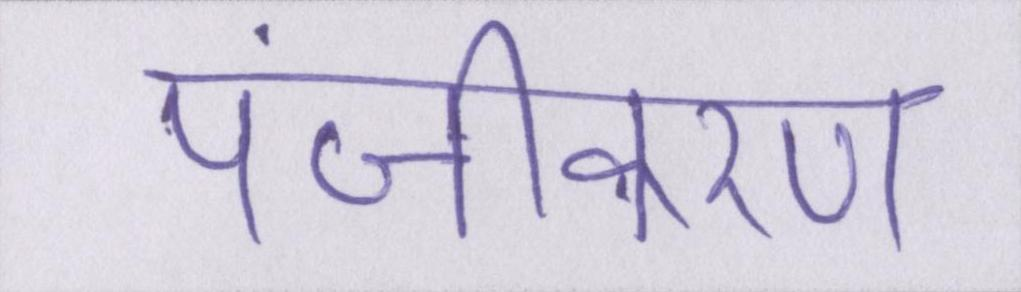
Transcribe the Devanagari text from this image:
पंजीकरण